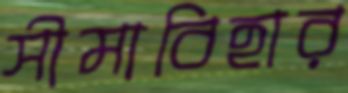
সীমাবিহার